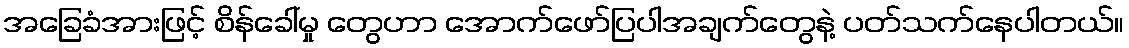
အခြေခံအားဖြင့် စိန်ခေါ်မှု တွေဟာ အောက်ဖော်ပြပါအချက်တွေနဲ့ ပတ်သက်နေပါတယ်။